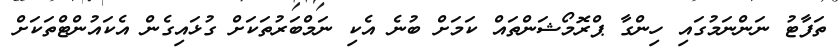
ތަފާޓު ނަންނަމުގައި ހިންގާ ޕްރޮމޯޝަންތައް ކަމަށް ބުނެ އެކި ނަމްބަރުތަކަށް ގުޅައިގެން އެކައުންޓްތަކަށް